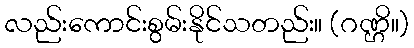
လည်းကောင်းစွမ်းနိုင်သတည်း။ (ဂဏ္ဌိ။)